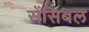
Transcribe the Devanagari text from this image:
सेंसिबल